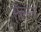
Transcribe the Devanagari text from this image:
सँलग्न